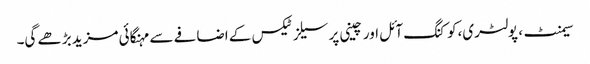
سیمنٹ، پولٹری،کوکنگ آئل اور چینی پر سیلز ٹیکس کے اضافے سے مہنگائی مزید بڑھے گی۔